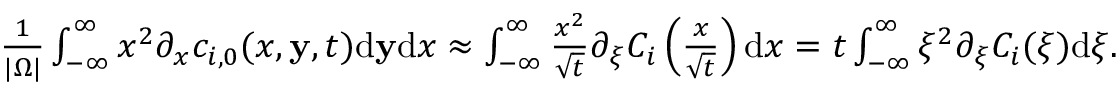
\begin{array} { r } { \frac { 1 } { | \Omega | } \int _ { - \infty } ^ { \infty } x ^ { 2 } \partial _ { x } c _ { i , 0 } ( x , \mathbf { y } , t ) \mathrm { d } \mathbf { y } \mathrm { d } x \approx \int _ { - \infty } ^ { \infty } \frac { x ^ { 2 } } { \sqrt { t } } \partial _ { \xi } C _ { i } \left( \frac { x } { \sqrt { t } } \right) \mathrm { d } x = t \int _ { - \infty } ^ { \infty } \xi ^ { 2 } \partial _ { \xi } C _ { i } ( \xi ) \mathrm { d } \xi . } \end{array}